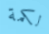
لكمة